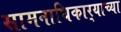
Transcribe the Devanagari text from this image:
सामनाधिकार्‍याच्या